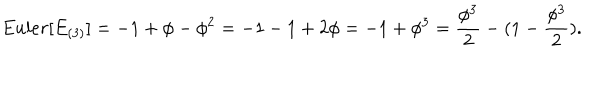
{ E u l e r } [ E _ { ( 3 ) } ] = - 1 + \phi - \phi ^ { 2 } = - 1 - 1 + 2 \phi = - 1 + \phi ^ { 3 } = { \frac { \phi ^ { 3 } } { 2 } } - ( 1 - { \frac { \phi ^ { 3 } } { 2 } } ) .